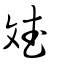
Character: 斌